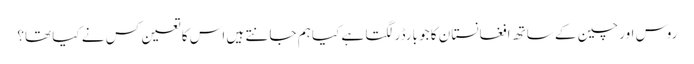
روس اور چین کے ساتھ افغانستان کا جو بارڈر لگتا ہے کیا ہم جانتے ہیں اس کا تعین کس نے کیا تھا؟